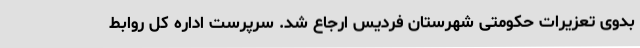
بدوی تعزیرات حکومتی شهرستان فردیس ارجاع شد. سرپرست اداره کل روابط